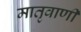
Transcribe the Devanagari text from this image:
मातृवाणी